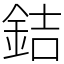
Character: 銡